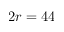
2 r = 4 4